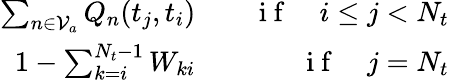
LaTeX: \begin{array}{rlr}{\sum_{n\in\mathcal{V}_{a}}Q_{n}(t_{j},t_{i})}&{{}}&{\mathrm{~i~f~}\quad i\leq j<N_{t}}\\ {1-\sum_{k=i}^{N_{t}-1}W_{ki}}&{{}}&{\mathrm{~i~f~}\quad j=N_{t}}\end{array}